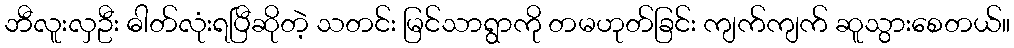
ဘီလူးလှဦး ဓါတ်လုံးရပြီဆိုတဲ့ သတင်း မြင်သာရွာကို တမဟုတ်ခြင်း ကျက်ကျက် ဆူသွားစေတယ်။